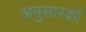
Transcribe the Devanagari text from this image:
अनुसारकों